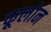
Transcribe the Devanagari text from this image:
कूलोन